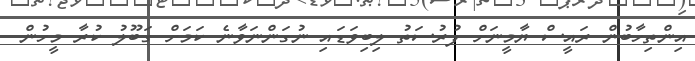
އިންތިހާބުން ރައީސް ޔާމީނަށް ފުރުސަތު ލިބިވަޑައި ނުގަންނަވާނެ ކަމަށް ގަބޫލު ކުރާ މީހުން